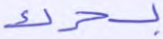
بسحرك